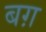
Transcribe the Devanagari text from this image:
बग़